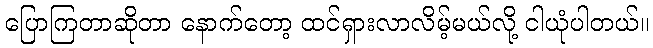
ပြောကြတာဆိုတာ နောက်တော့ ထင်ရှားလာလိမ့်မယ်လို့ ငါယုံပါတယ်။